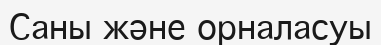
Саны және орналасуы